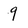
Character: 9